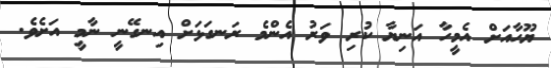
ޔޫހާއަށް އެމީހާ އަނިޔާ ކުރި ވަރު އެންމެ ރަނގަޅަށް އިނގޭނީ ނާމީ އަށެވެ.